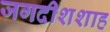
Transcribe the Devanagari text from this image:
जगदीशशाह